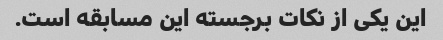
این یکی از نکات برجسته این مسابقه است.